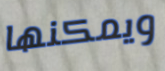
ويمكنها